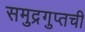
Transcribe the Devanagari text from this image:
समुद्रगुप्तची